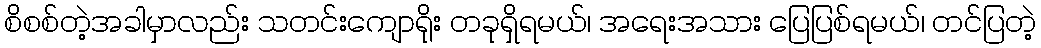
စိစစ်တဲ့အခါမှာလည်း သတင်းကျောရိုး တခုရှိရမယ်၊ အရေးအသား ပြေပြစ်ရမယ်၊ တင်ပြတဲ့